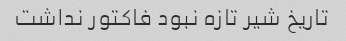
تاریخ شیر تازه نبود فاکتور نداشت